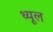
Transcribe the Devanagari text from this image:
थ्यूल